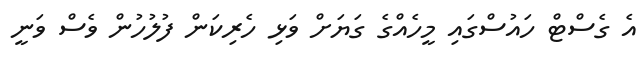
އެ ގެސްޓް ހައުސްގައި މީހެއްގެ ގަޔަށް ވަޅި ހެރިކަން ފުލުހުން ވެސް ވަނީ